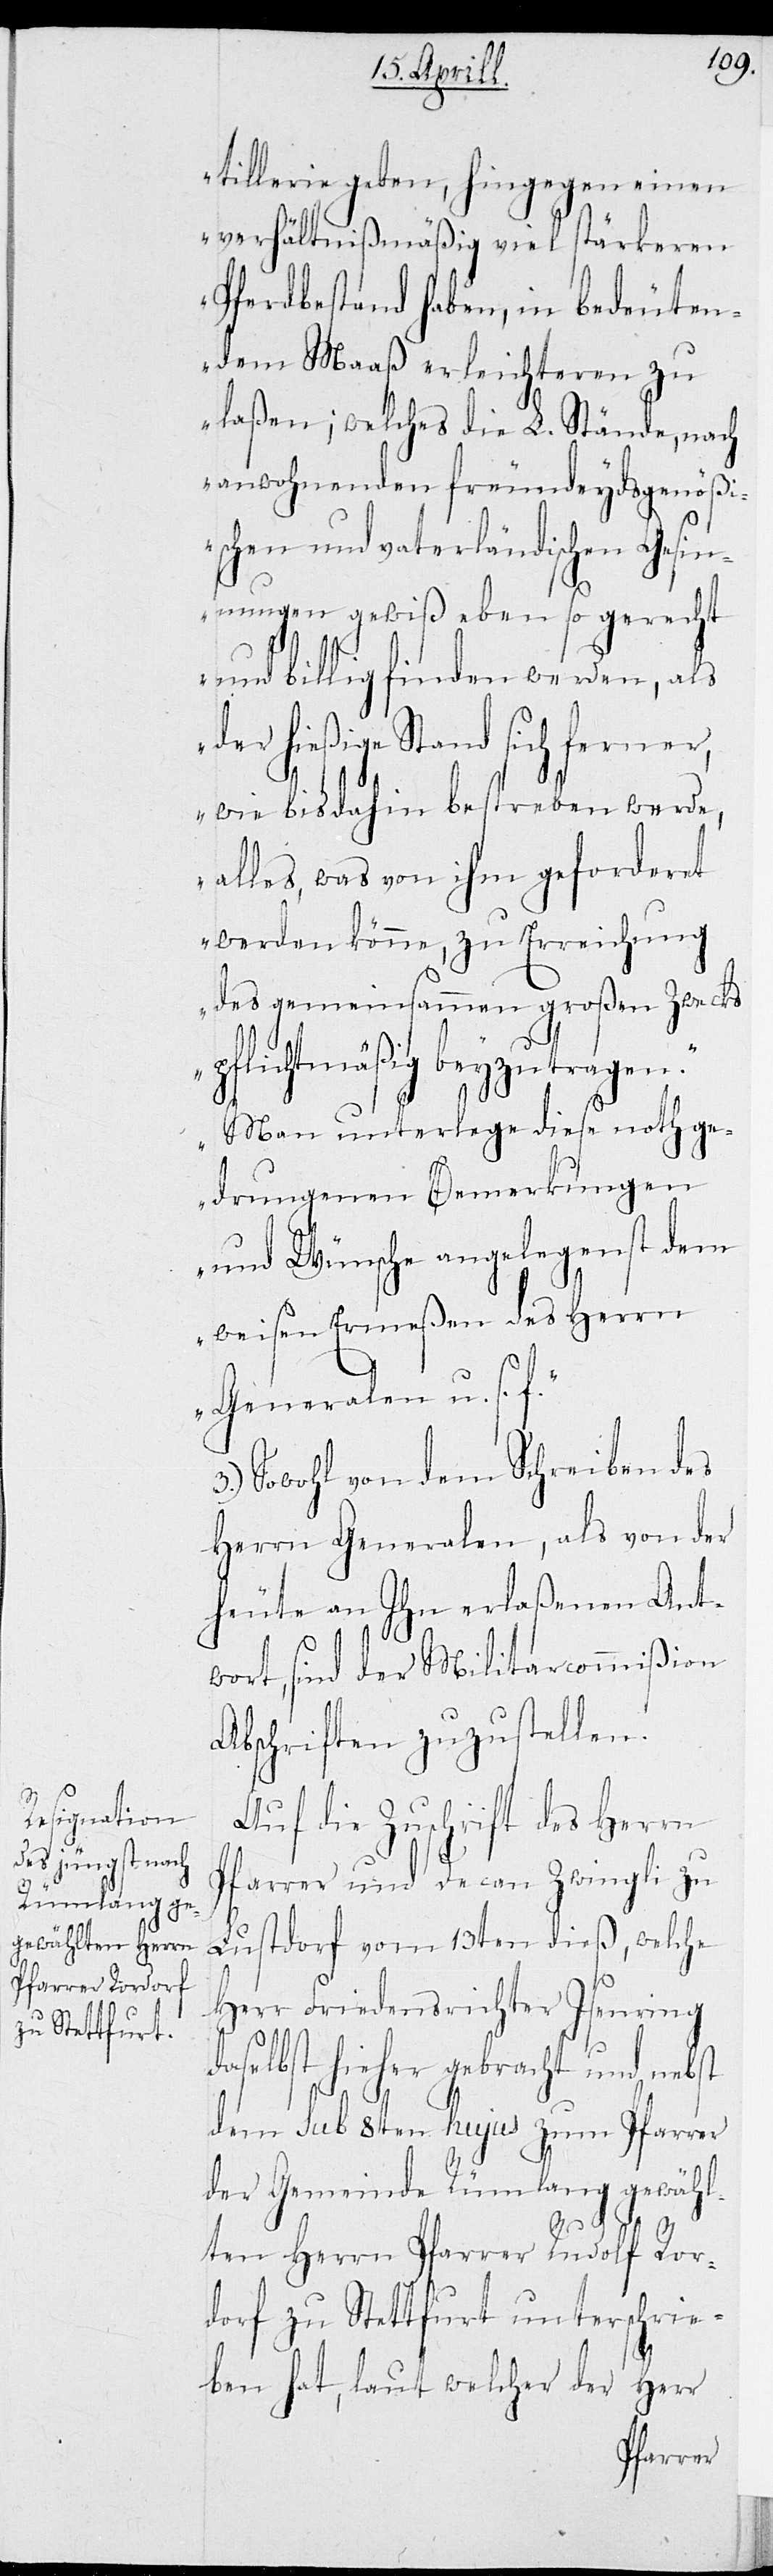
3.)

tillerie geben, hingegen einen
verhältnißmäßig viel stärkeren
Pferdebestand haben, in bedeuten¬
dem Maaß erleichteren zu
laßen; welches die L. Stände, nach
anwohnenden freundeydsgenößi¬
schen und vaterländischen Gesin¬
nungen gewiß eben so gerecht
und billig finden werden, als
der hießige Stand sich ferner,
wie bis dahin bestreben werde,
alles, was von ihm geforderet
werden könne, zu Erreichung
des gemeinsammen Großen Zwecks
pflichtmäßig beyzutragen.
Man unterlege diese nothge¬
drungenen Bemerkungen
und Wünsche angelegenst dem
weisen Ermeßen des Herrn
Generalen u. s. f.“
Sowohl von dem Schreiben des
Herrn Generalen, als von der
heute an Ihn erlaßenen Ant¬
wort, sind der Militarcommißion
Abschriften zuzustellen.
Auf die Zuschrift des Herrn
Pfarrer und Decan Zwingli zu
Lustdorf vom 13ten dieß, welche
Herr Friedensrichter Isenring
daselbst hieher gebracht und nebst
dem sub 8ten hujus zum Pfarrer
der Gemeinde Rümlang gewähl¬
ten Herrn Pfarrer Rudolf Ror¬
dorf zu Stettfurt unterschrie¬
ben hat, laut welcher der Herr